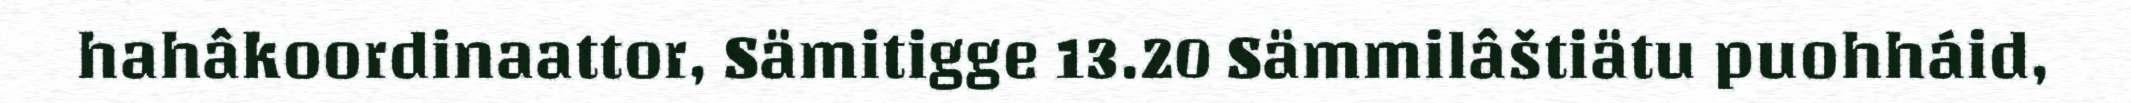
hahâkoordinaattor, Sämitigge 13.20 Sämmilâštiätu puohháid,